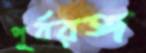
পূর্বরঙ্গ